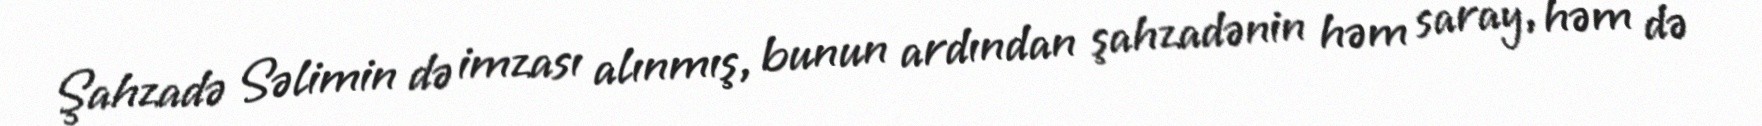
Şahzadə Səlimin də imzası alınmış, bunun ardından şahzadənin həm saray, həm də